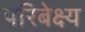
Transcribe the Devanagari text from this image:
परिबेक्ष्य